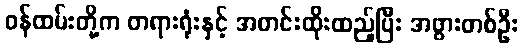
ဝန်ထမ်းတို့က တရားရုံးနှင့် အတင်းထိုးထည့်ပြီး အဖွားတစ်ဦး